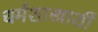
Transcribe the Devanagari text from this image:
धर्मशास्त्राशीं